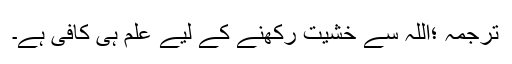
ترجمہ ؛اللہ سے خشیت رکھنے کے لیے علم ہی کافی ہے۔